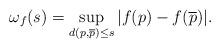
LaTeX: \begin{align*}\omega_{f}(s)=\sup_{d(p,\overline{p})\leq s}|f(p)-f(\overline{p})|.\end{align*}